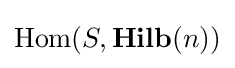
\operatorname {Hom} (S,\mathbf {Hilb} (n))